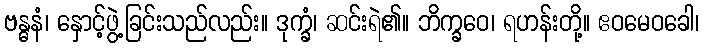
ဗန္ဓနံ၊ နှောင့်ဖွဲ့ခြင်းသည်လည်း။ ဒုက္ခံ၊ ဆင်းရဲ၏။ ဘိက္ခဝေ၊ ရဟန်းတို့။ ဧဝမေဝခေါ၊